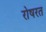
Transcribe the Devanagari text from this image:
रोषरत